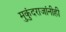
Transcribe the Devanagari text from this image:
मुकुंदराजांनीही